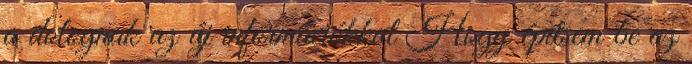
a dolognak az új információkkal Hogy építsem be az